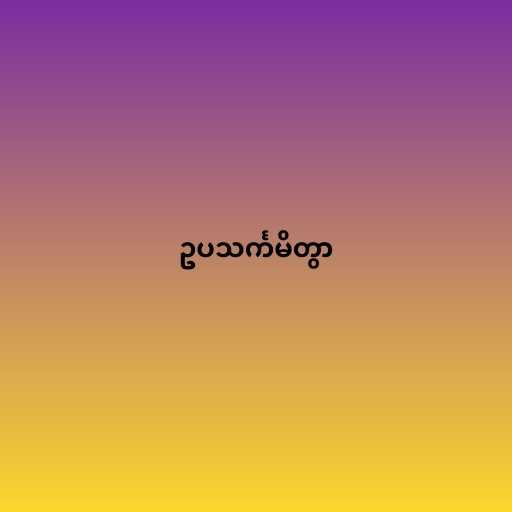
ဥပသင်္ကမိတွာ